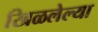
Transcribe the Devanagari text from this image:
खिळलेल्या